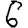
Digit: 6